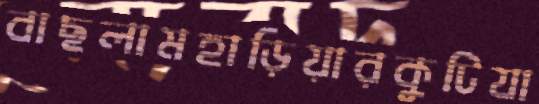
বাছলামহাড়িয়ারকুটিযা